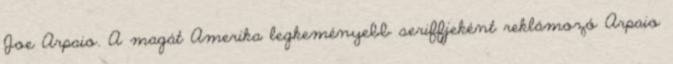
Joe Arpaio. A magát Amerika legkeményebb seriffjeként reklámozó Arpaio